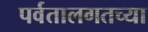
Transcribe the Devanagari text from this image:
पर्वतालगतच्या